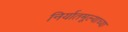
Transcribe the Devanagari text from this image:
निर्यातमूल्याच्या